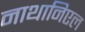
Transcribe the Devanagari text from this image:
नाथानिएल